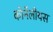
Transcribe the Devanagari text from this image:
कोर्नेलीयस